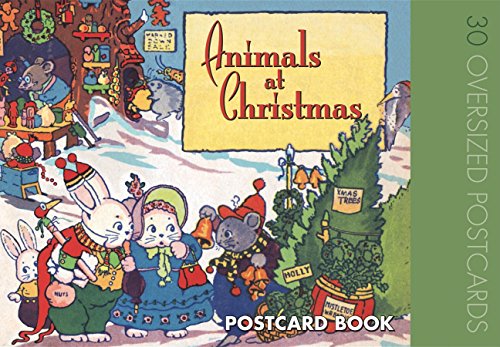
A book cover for Animals at Christmas Postcard Book; Crafts, Hobbies & Home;